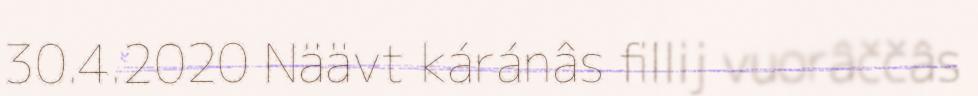
30.4.2020 Näävt káránâs fillij vuorâččâs